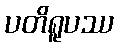
ပတိရူပဿ